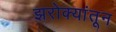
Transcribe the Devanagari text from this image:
झरोक्यांतून